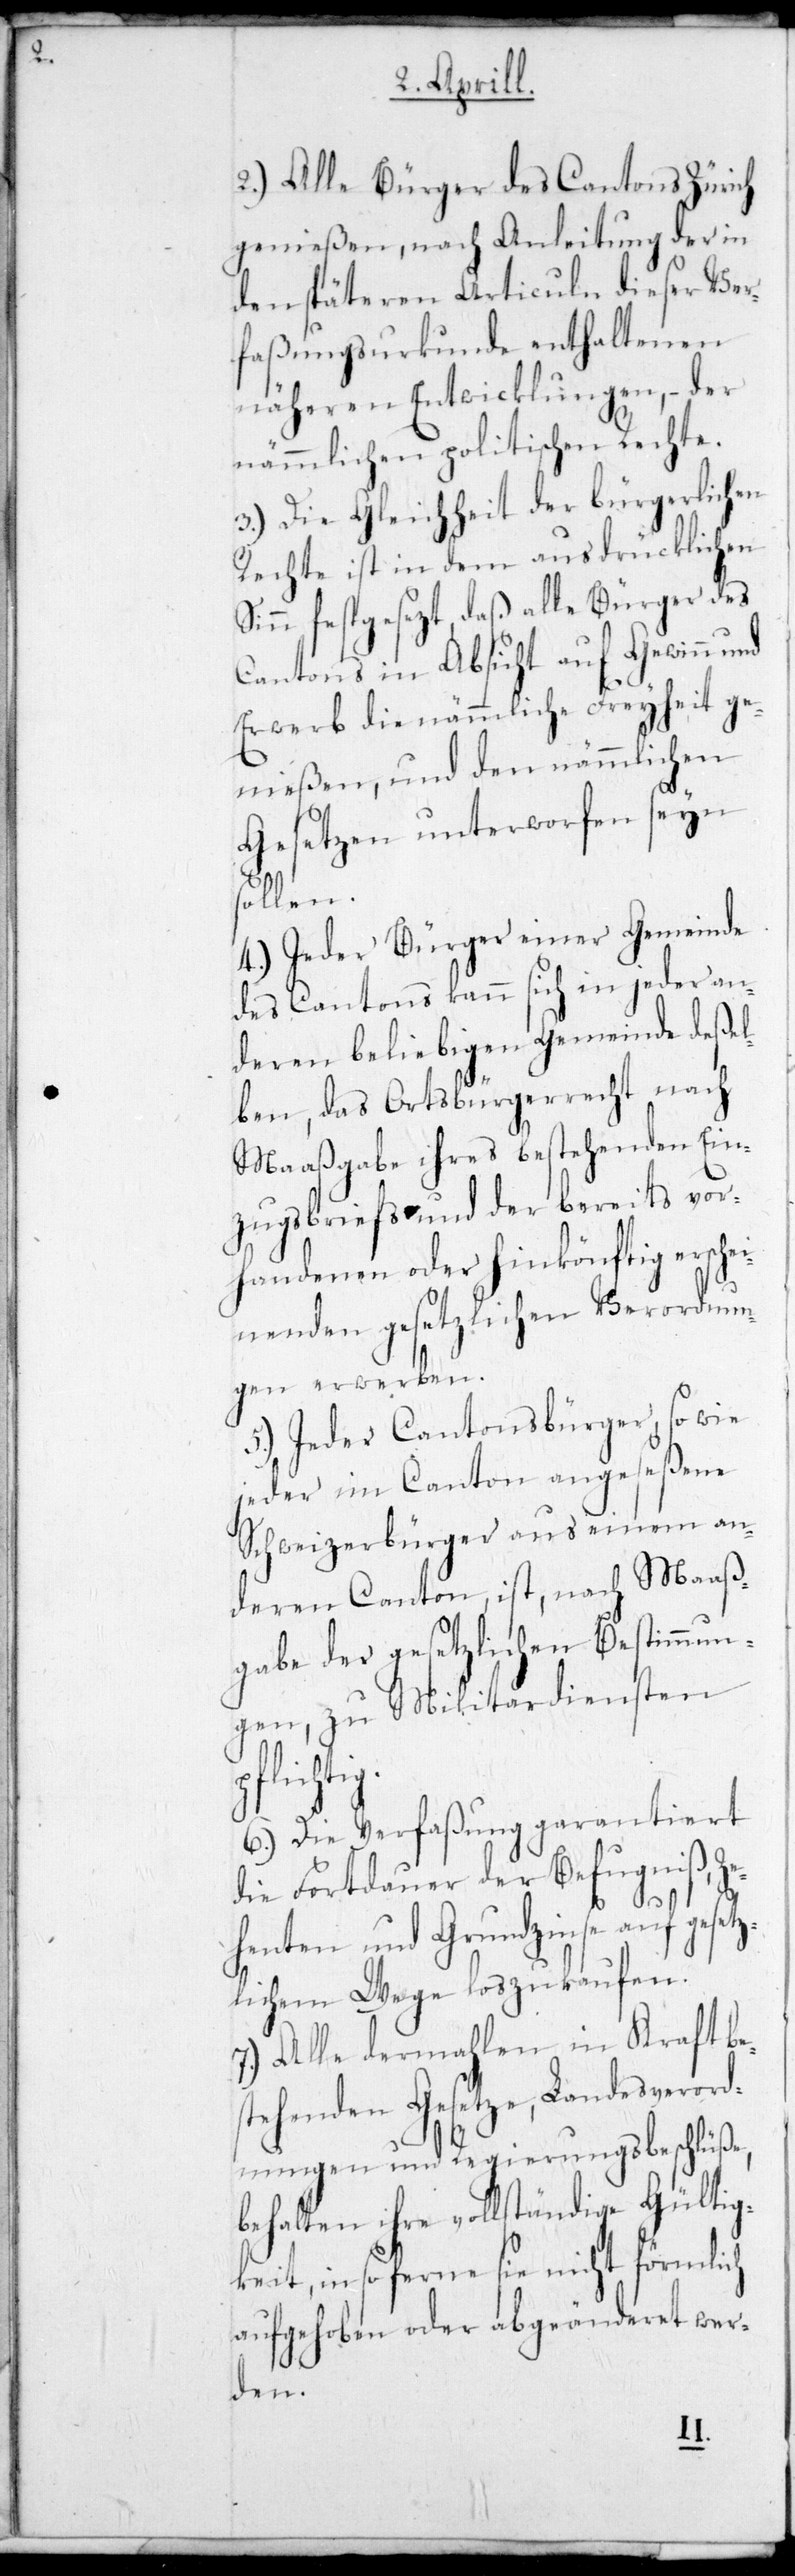
2.) Alle Bürger des Cantons Zürich
genießen, nach Anleitung der in
den späteren Articuln dieser Ver¬
faßungsurkunde enthaltenen
näheren Entwicklungen, – der
nämmlichen politischen Rechte.
3.) Die Gleichheit der bürgerlichen
Rechte ist in dem ausdrücklichen
Sinn festgesezt, daß alle Bürger des
Cantons in Absicht auf Gewinn und
Erwerb die nämmliche Freyheit ge¬
nießen, und den nämmlichen
Gesetzen unterworfen sein
sollen.
4.) Jeder Bürger einer Gemeinde
des Cantons kann sich in jeder an¬
deren bliebigen Gemeinde deßel¬
ben, das Ortsbürgerrecht nach
Maaßgabe ihres bestehenden Ein¬
zugsbriefs und der bereits vor¬
handenen oder hinkönftig erhei¬
schenden gesetzlichen Verordnun¬
gen erwerben.
5.) Jeder Cantonsbürger, so wie
jeder im Canton angeseßene
Schweizerbürger aus einem an¬
deren Canton ist, nach Maaß¬
gabe der gesetzlichen Bestimmun¬
gen, zu Militärdiensten
pflichti¬
6.) Die Verfaßung garantiert
die Fortdauer der Befugniß, Ze¬
henten und Grundzinse auf gesetz¬
lichem Wege loszukaufen.
7.) Alle dermahlen in Kraft be¬
stehenden Gesetze, Landesverord¬
nungen und Regierungsbeschlüße,
behalten ihre vollständige Gültig¬
keit, in so ferne sie nicht förmlich
aufgehoben oder abgeänderet wer¬
den.
g.